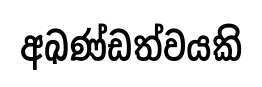
අඛණ්ඩත්වයකි